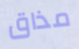
مذاق